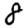
Digit: 8